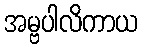
အမ္ဗပါလိကာယ